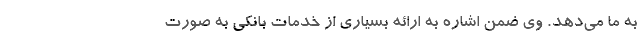
به ما می‌دهد. وی ضمن اشاره به ارائه بسیاری از خدمات بانکی به صورت